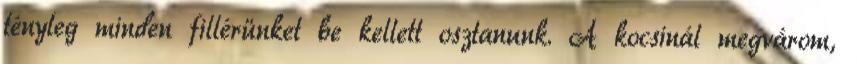
tényleg minden fillérünket be kellett osztanunk. A kocsinál megvárom,